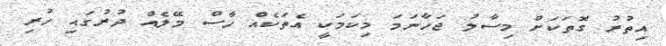
އިތުރު ގޮތަކަށް މިސާލު ޖަހާނަމަ މިކަމަކީ އެތަކެއް ހާސް މޭލެއް ދުރުގައި ހުރި